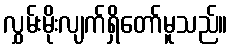
လွှမ်းမိုးလျက်ရှိတော်မူသည်။